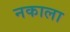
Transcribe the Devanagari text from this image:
नकाला